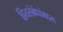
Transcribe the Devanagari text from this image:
हितसंबंधांबद्दल